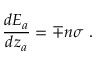
\frac { d E _ { a } } { d z _ { a } } = \mp n \sigma ~ .